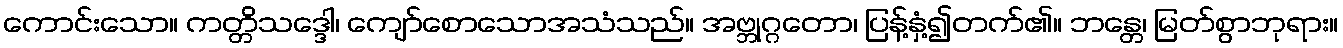
ကောင်းသော။ ကတ္တိသဒ္ဒေါ၊ ကျော်စောသောအသံသည်။ အဗ္ဘုဂ္ဂတော၊ ပြန့်နှံ့၍တက်၏။ ဘန္တေ၊ မြတ်စွာဘုရား။